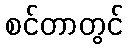
စင်တာတွင်